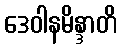
ဒေဝါနမိန္ဒာတိ